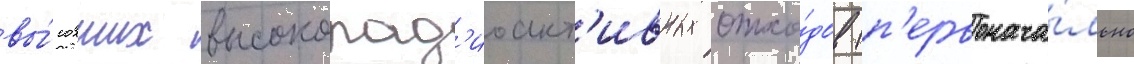
вы́сохших высокорад'иоакт'ивных отхо́дов (п'ервонача́льно